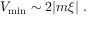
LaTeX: V _ { \mathrm { m i n } } \sim 2 | m \xi | \ .